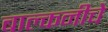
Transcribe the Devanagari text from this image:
बाल्कनीचे